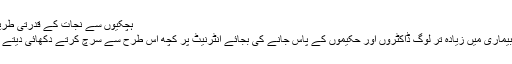
ہچکیوں سے نجات کے قدرتی طریقے
اس بیماری میں زیادہ تر لوگ ڈاکٹروں اور حکیموں کے پاس جانے کی بجائے انٹرنیٹ پر کچھ اس طرح سے سرچ کرتے دکھائی دیتے ہیں۔